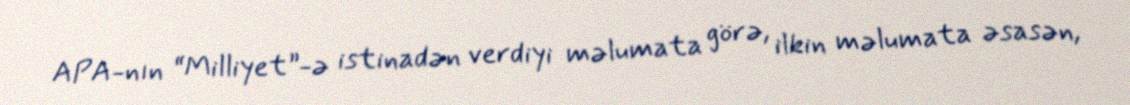
APA-nın “Milliyet”-ə istinadən verdiyi məlumata görə, ilkin məlumata əsasən,